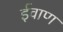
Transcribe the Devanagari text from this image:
ईवाण